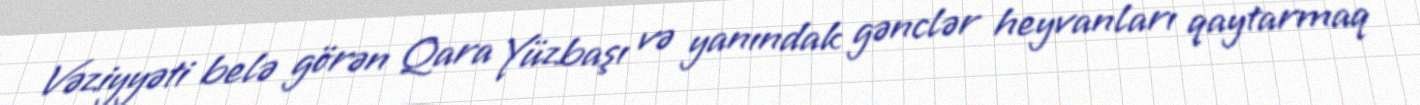
Vəziyyəti belə görən Qara Yüzbaşı və yanındak gənclər heyvanları qaytarmaq